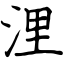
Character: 浬